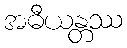
အဓီယန္တဿ